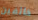
خائفين